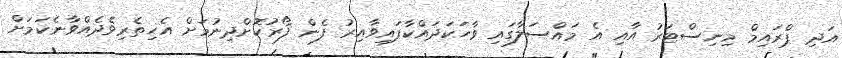
އަދި ޕްރައިމް މިނިސްޓަރު އާއި އެ މައްސަލާގައި ވާހަކަދައްކާފައިވާއިރު ފެން ފޯރުކޮށްދިނުމަށް އެހިތެރިވެދެއްވާނެކަމަށް